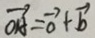
\overrightarrow { O H } = \overrightarrow { o } + \overrightarrow { b }